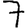
Digit: 7